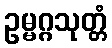
ဥမ္မဂ္ဂသုတ္တံ